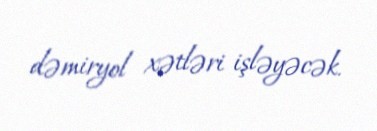
dəmiryol xətləri işləyəcək.